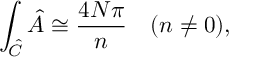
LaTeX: \int _ { \hat { C } } \hat { \cal A } \cong \frac { 4 N \pi } { n } ~ ~ ~ ( n \neq 0 ) ,